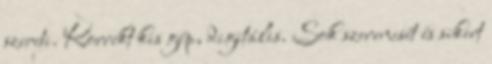
szereti. Korrekt kis gép, digitális. Sok szerencsét és sikert